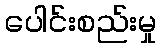
ပေါင်းစည်းမှု